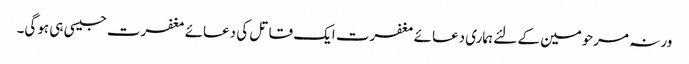
ورنہ مرحومین کے لئے ہماری دعائے مغفرت ایک قاتل کی دعائے مغفرت جیسی ہی ہوگی۔